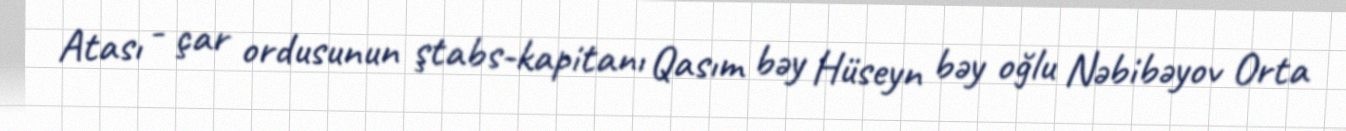
Atası - çar ordusunun ştabs-kapitanı Qasım bəy Hüseyn bəy oğlu Nəbibəyov Orta